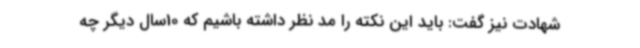
شهادت نیز گفت: باید این نکته را مد نظر داشته باشیم که 10سال دیگر چه